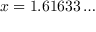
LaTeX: x = 1 . 6 1 6 3 3 \dots